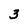
Character: 3